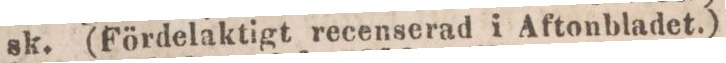
sk. (Fördelaktigt recenserad i Aftonbladet.)